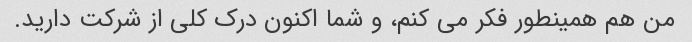
من هم همینطور فکر می کنم، و شما اکنون درک کلی از شرکت دارید.